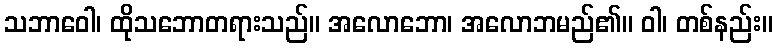
သဘာဝေါ၊ ထိုသဘောတရားသည်။ အလောဘော၊ အလောဘမည်၏။ ဝါ၊ တစ်နည်း။